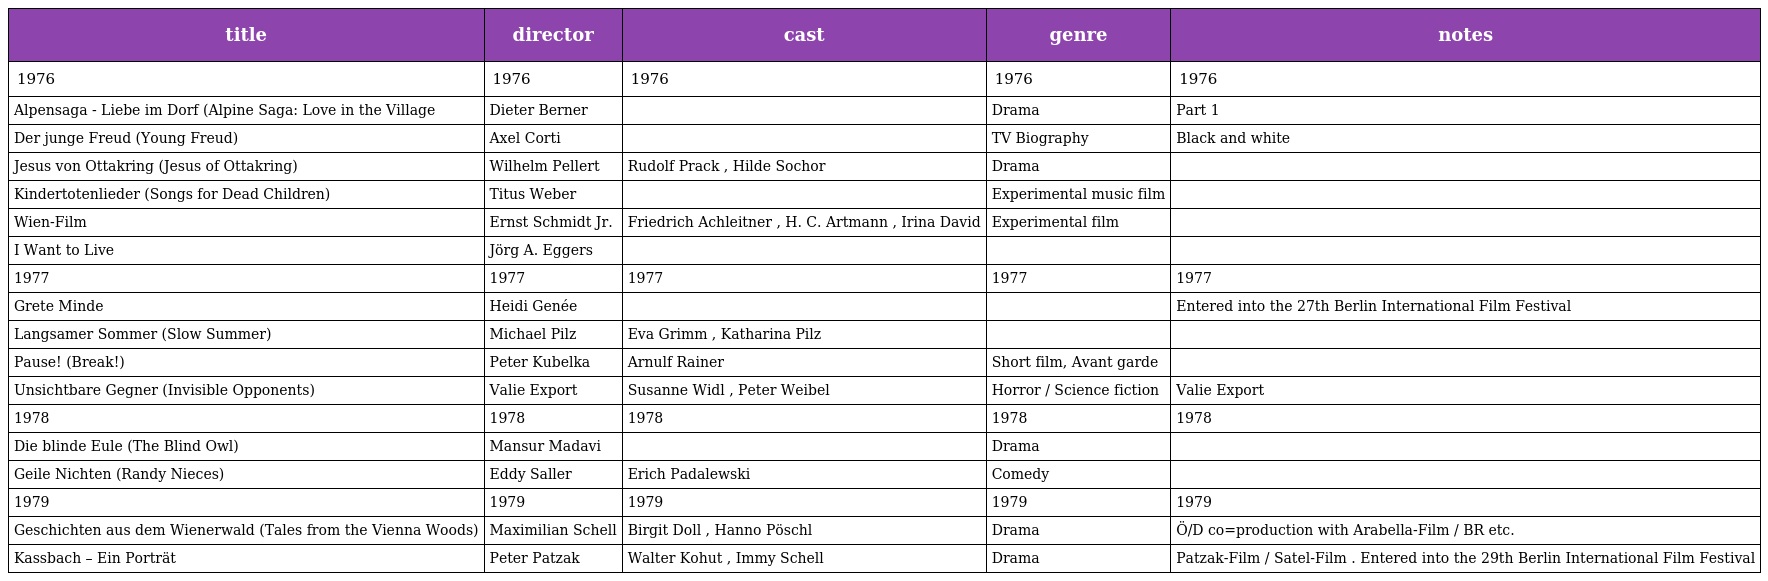
| title | director | cast | genre | notes |
 | --- | --- | --- | --- | --- |
 | 1976 | 1976 | 1976 | 1976 | 1976 |
 | Alpensaga - Liebe im Dorf (Alpine Saga: Love in the Village | Dieter Berner |  | Drama | Part 1 |
 | Der junge Freud (Young Freud) | Axel Corti |  | TV Biography | Black and white |
 | Jesus von Ottakring (Jesus of Ottakring) | Wilhelm Pellert | Rudolf Prack , Hilde Sochor | Drama |  |
 | Kindertotenlieder (Songs for Dead Children) | Titus Weber |  | Experimental music film |  |
 | Wien-Film | Ernst Schmidt Jr. | Friedrich Achleitner , H. C. Artmann , Irina David | Experimental film |  |
 | I Want to Live | Jörg A. Eggers |  |  |  |
 | 1977 | 1977 | 1977 | 1977 | 1977 |
 | Grete Minde | Heidi Genée |  |  | Entered into the 27th Berlin International Film Festival |
 | Langsamer Sommer (Slow Summer) | Michael Pilz | Eva Grimm , Katharina Pilz |  |  |
 | Pause! (Break!) | Peter Kubelka | Arnulf Rainer | Short film, Avant garde |  |
 | Unsichtbare Gegner (Invisible Opponents) | Valie Export | Susanne Widl , Peter Weibel | Horror / Science fiction | Valie Export |
 | 1978 | 1978 | 1978 | 1978 | 1978 |
 | Die blinde Eule (The Blind Owl) | Mansur Madavi |  | Drama |  |
 | Geile Nichten (Randy Nieces) | Eddy Saller | Erich Padalewski | Comedy |  |
 | 1979 | 1979 | 1979 | 1979 | 1979 |
 | Geschichten aus dem Wienerwald (Tales from the Vienna Woods) | Maximilian Schell | Birgit Doll , Hanno Pöschl | Drama | Ö/D co=production with Arabella-Film / BR etc. |
 | Kassbach – Ein Porträt | Peter Patzak | Walter Kohut , Immy Schell | Drama | Patzak-Film / Satel-Film . Entered into the 29th Berlin International Film Festival |